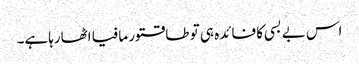
اس بے بسی کا فائدہ ہی تو طاقتور مافیا اٹھارہاہے۔